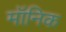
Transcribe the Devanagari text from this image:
मॉनिक